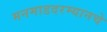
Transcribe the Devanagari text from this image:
मनमाडदरम्यानचे